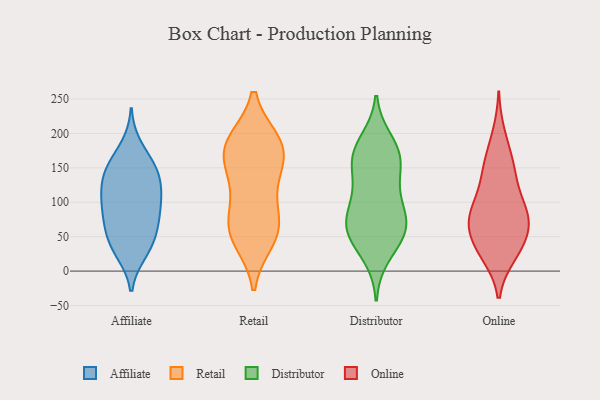
{"axis": {"x": "Market Share (%)", "y": "Value"}, "legend": ["Affiliate", "Distributor", "Online", "Retail"], "data": [{"x": "", "y": 137, "type": "Affiliate"}, {"x": "", "y": 76, "type": "Affiliate"}, {"x": "", "y": 110, "type": "Affiliate"}, {"x": "", "y": 122, "type": "Affiliate"}, {"x": "", "y": 156, "type": "Affiliate"}, {"x": "", "y": 131, "type": "Affiliate"}, {"x": "", "y": 91, "type": "Affiliate"}, {"x": "", "y": 75, "type": "Affiliate"}, {"x": "", "y": 27, "type": "Affiliate"}, {"x": "", "y": 153, "type": "Affiliate"}, {"x": "", "y": 94, "type": "Affiliate"}, {"x": "", "y": 149, "type": "Affiliate"}, {"x": "", "y": 29, "type": "Affiliate"}, {"x": "", "y": 39, "type": "Affiliate"}, {"x": "", "y": 107, "type": "Affiliate"}, {"x": "", "y": 55, "type": "Affiliate"}, {"x": "", "y": 181, "type": "Affiliate"}, {"x": "", "y": 55, "type": "Affiliate"}, {"x": "", "y": 46, "type": "Retail"}, {"x": "", "y": 88, "type": "Retail"}, {"x": "", "y": 129, "type": "Retail"}, {"x": "", "y": 187, "type": "Retail"}, {"x": "", "y": 64, "type": "Retail"}, {"x": "", "y": 184, "type": "Retail"}, {"x": "", "y": 59, "type": "Retail"}, {"x": "", "y": 58, "type": "Retail"}, {"x": "", "y": 176, "type": "Retail"}, {"x": "", "y": 183, "type": "Retail"}, {"x": "", "y": 136, "type": "Retail"}, {"x": "", "y": 170, "type": "Retail"}, {"x": "", "y": 169, "type": "Distributor"}, {"x": "", "y": 52, "type": "Distributor"}, {"x": "", "y": 116, "type": "Distributor"}, {"x": "", "y": 172, "type": "Distributor"}, {"x": "", "y": 110, "type": "Distributor"}, {"x": "", "y": 189, "type": "Distributor"}, {"x": "", "y": 47, "type": "Distributor"}, {"x": "", "y": 172, "type": "Distributor"}, {"x": "", "y": 58, "type": "Distributor"}, {"x": "", "y": 146, "type": "Distributor"}, {"x": "", "y": 64, "type": "Distributor"}, {"x": "", "y": 76, "type": "Distributor"}, {"x": "", "y": 23, "type": "Distributor"}, {"x": "", "y": 155, "type": "Distributor"}, {"x": "", "y": 72, "type": "Distributor"}, {"x": "", "y": 84, "type": "Distributor"}, {"x": "", "y": 121, "type": "Online"}, {"x": "", "y": 200, "type": "Online"}, {"x": "", "y": 23, "type": "Online"}, {"x": "", "y": 64, "type": "Online"}, {"x": "", "y": 61, "type": "Online"}, {"x": "", "y": 152, "type": "Online"}, {"x": "", "y": 152, "type": "Online"}, {"x": "", "y": 80, "type": "Online"}, {"x": "", "y": 65, "type": "Online"}, {"x": "", "y": 43, "type": "Online"}, {"x": "", "y": 93, "type": "Online"}, {"x": "", "y": 47, "type": "Online"}, {"x": "", "y": 26, "type": "Online"}, {"x": "", "y": 22, "type": "Online"}, {"x": "", "y": 168, "type": "Online"}, {"x": "", "y": 132, "type": "Online"}, {"x": "", "y": 85, "type": "Online"}, {"x": "", "y": 84, "type": "Online"}, {"x": "", "y": 92, "type": "Online"}]}